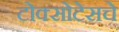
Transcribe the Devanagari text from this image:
टोक्सोटेसचे